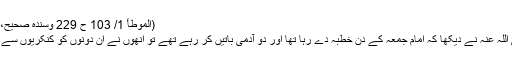
(الموطأ 1/ 103 ح 229 وسندہ صحیح، الزہری صرح بالسماع)
4- سیدنا ابن عمر رضی اللہ عنہ نے دیکھا کہ امام جمعہ کے دن خطبہ دے رہا تھا اور دو آدمی باتیں کر رہے تھے تو انھوں نے ان دونوں کو کنکریوں سے مارا تاکہ چپ ہو جائیں۔